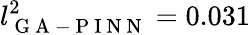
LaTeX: l_{\mathrm{~G~A~-~P~I~N~N~}}^{2}=0.031